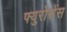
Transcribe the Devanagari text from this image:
फ्युरोसेंस